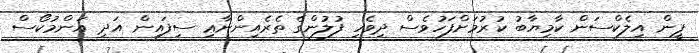
ޕީން އިލެކްސަން ކާމިޔާބު ކުރުމަށްފަހުވެސް ދިވެހި ފުލުންގެ ތެރެއިންނާޢި ސިފައިން އަދި އަންމުކޯސް